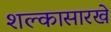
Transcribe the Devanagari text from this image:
शल्कासारखे